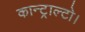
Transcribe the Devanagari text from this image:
कान्ट्राल्टो।